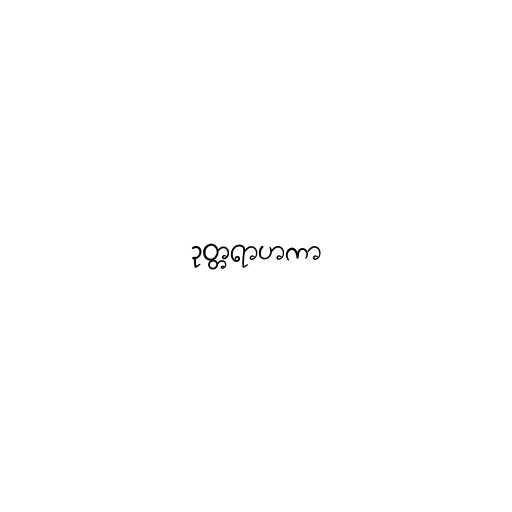
ဥတ္တရာဟကာ